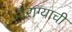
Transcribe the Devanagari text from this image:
वैराग्‍याची